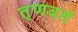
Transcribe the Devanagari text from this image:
तृणवर्त